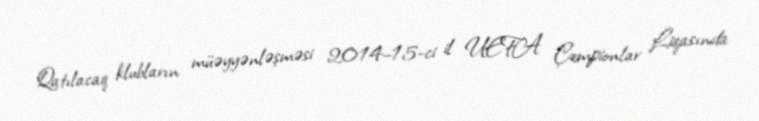
Qatılacaq klubların müəyyənləşməsi 2014–15-ci il UEFA Çempionlar Liqasında